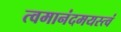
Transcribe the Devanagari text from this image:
त्वमानंदमयस्त्वं